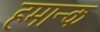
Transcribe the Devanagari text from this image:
हमान्क